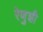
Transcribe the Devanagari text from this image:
रेणुशी